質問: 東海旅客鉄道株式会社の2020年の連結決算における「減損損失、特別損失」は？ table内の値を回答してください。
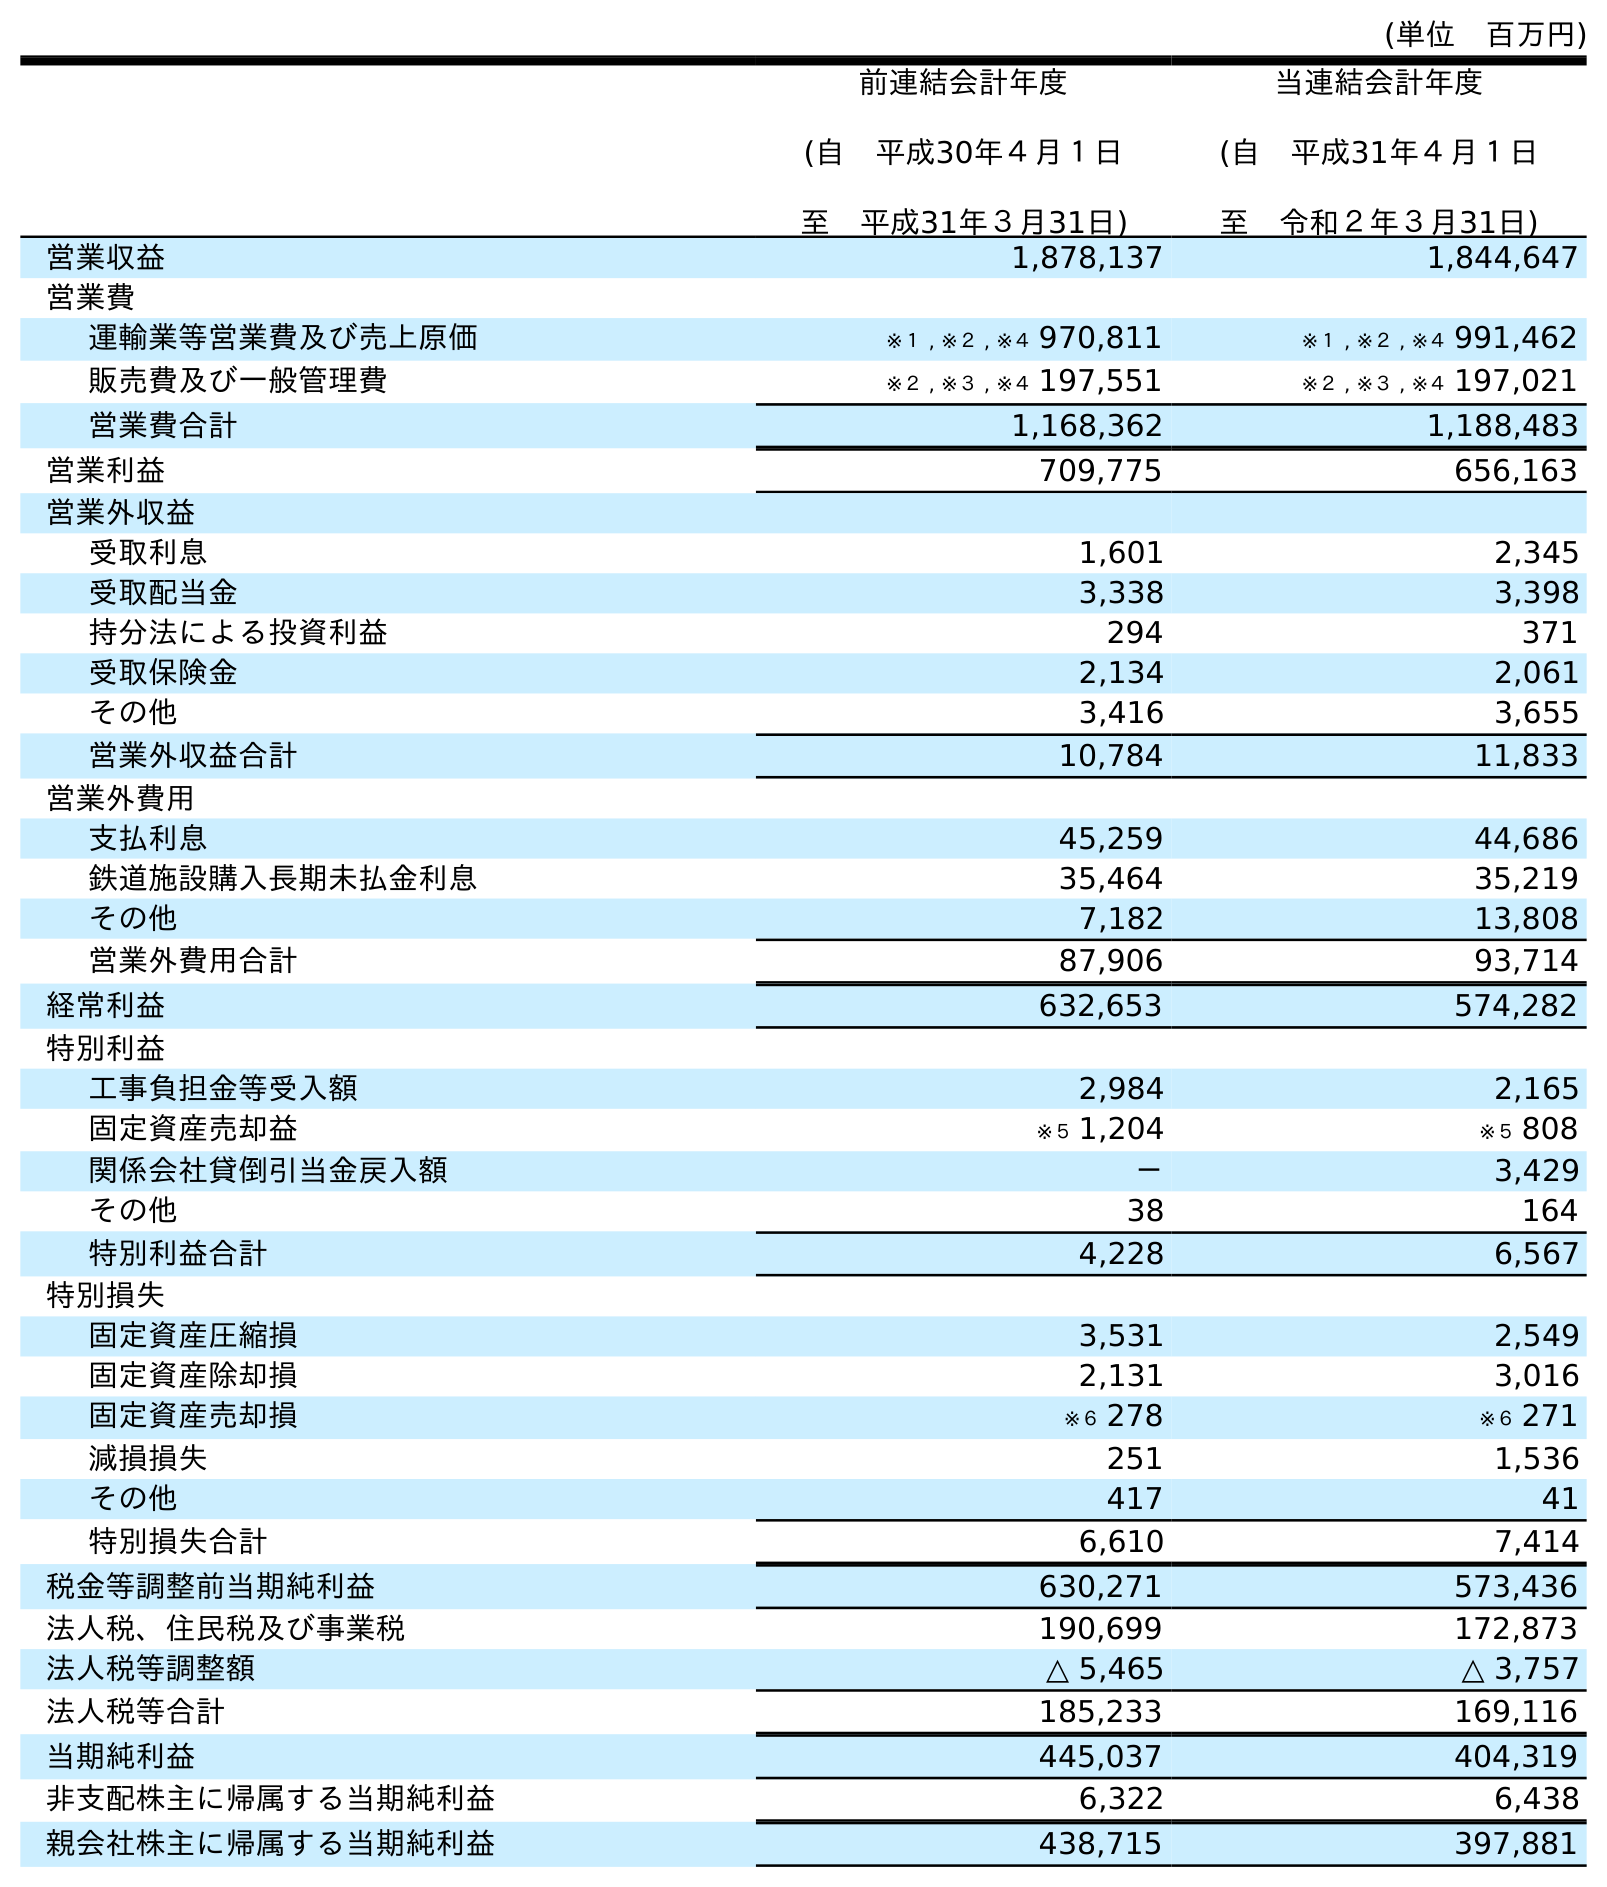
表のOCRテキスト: (単位 百万円) 前連結会計年度 (自 平成30年４月１日 至 平成31年３月31日) 当連結会計年度 (自 平成31年４月１日 至 令和２年３月31日) 営業収益 1,878,137 1,844,647 営業費 運輸業等営業費及び売上原価 ※１ , ※２ , ※４ 970,811 ※１ , ※２ , ※４ 991,462 販売費及び一般管理費 ※２ , ※３ , ※４ 197,551 ※２ , ※３ , ※４ 197,021 営業費合計 1,168,362 1,188,483 営業利益 709,775 656,163 営業外収益 受取利息 1,601 2,345 受取配当金 3,338 3,398 持分法による投資利益 294 371 受取保険金 2,134 2,061 その他 3,416 3,655 営業外収益合計 10,784 11,833 営業外費用 支払利息 45,259 44,686 鉄道施設購入長期未払金利息 35,464 35,219 その他 7,182 13,808 営業外費用合計 87,906 93,714 経常利益 632,653 574,282 特別利益 工事負担金等受入額 2,984 2,165 固定資産売却益 ※５ 1,204 ※５ 808 関係会社貸倒引当金戻入額 － 3,429 その他 38 164 特別利益合計 4,228 6,567 特別損失 固定資産圧縮損 3,531 2,549 固定資産除却損 2,131 3,016 固定資産売却損 ※６ 278 ※６ 271 減損損失 251 1,536 その他 417 41 特別損失合計 6,610 7,414 税金等調整前当期純利益 630,271 573,436 法人税、住民税及び事業税 190,699 172,873 法人税等調整額 △ 5,465 △ 3,757 法人税等合計 185,233 169,116 当期純利益 445,037 404,319 非支配株主に帰属する当期純利益 6,322 6,438 親会社株主に帰属する当期純利益 438,715 397,881
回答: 1,536